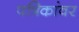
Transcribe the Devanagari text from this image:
पत्रिकांवर